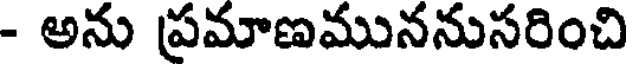
- అను ప్రమాణముననుసరించి